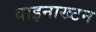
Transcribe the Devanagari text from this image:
वाइनाख्टन